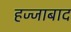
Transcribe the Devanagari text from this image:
हज्जाबाद